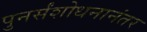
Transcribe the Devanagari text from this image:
पुनर्संशोधनानंतर